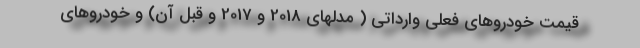
قیمت خودروهای فعلی وارداتی ( مدلهای 2018 و 2017 و قبل آن) و خودروهای